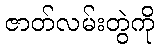
ဇာတ်လမ်းတွဲကို